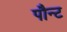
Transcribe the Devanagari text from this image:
पौन्ट